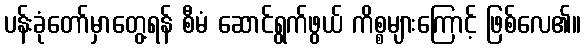
ပန်းခုံတော်မှာတွေ့ရန် စီမံ ဆောင်ရွက်ဖွယ် ကိစ္စများကြောင့် ဖြစ်လေ၏။